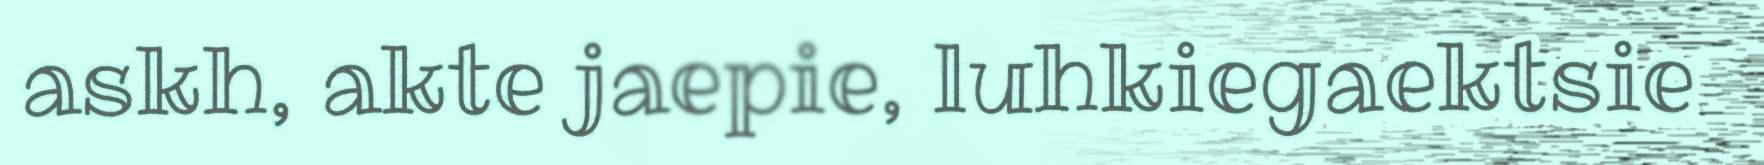
askh, akte jaepie, luhkiegaektsie